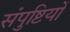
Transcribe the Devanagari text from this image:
संपुष्टियों